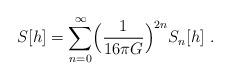
LaTeX: \begin{align*}S[h] = \sum^{\infty}_{n= 0} \Bigl( \frac{1}{16 \pi G} \Bigr)^{2n} S_n[h] \ .\end{align*}